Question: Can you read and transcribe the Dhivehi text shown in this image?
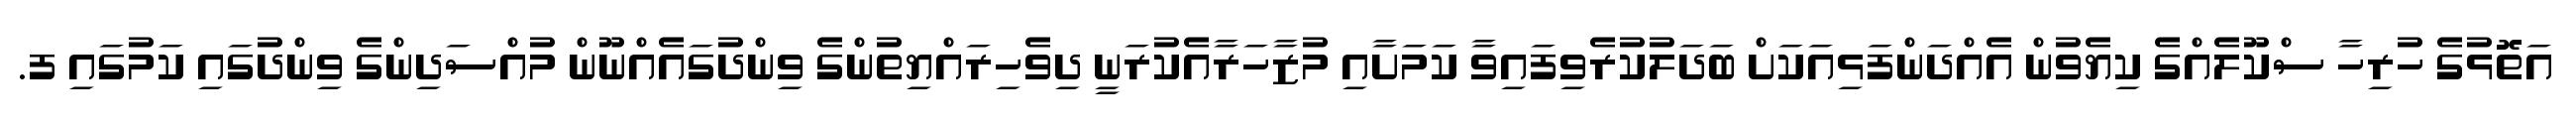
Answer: އަތޮޅުގެ ހުރިހާ ސްކޫލެއްގެ ކިޔެވުން އެއްދަންފަޅިއަކަށް ބަދަލުކުރެވިފައިވާ ކަމަށާއި މުޒާހަރާއެކުރަނީ ދިވެހިރައްޔިތުންގެ ވިންދުގައެއްނޫން މުއްސަދިންގެ ވިންދުގައި ކަމުގައި ފ.